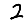
Digit: 2